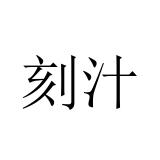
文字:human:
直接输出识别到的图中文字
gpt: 刻汁